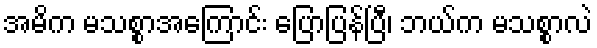
အမိက မသစ္စာအကြောင်း ပြောပြန်ပြီ၊ ဘယ်က မသစ္စာလဲ